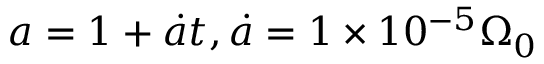
a = 1 + \dot { a } t , \dot { a } = 1 \times 1 0 ^ { - 5 } \Omega _ { 0 }